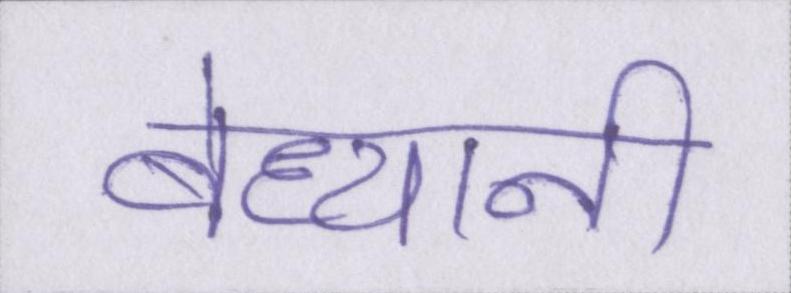
बेध्यानी